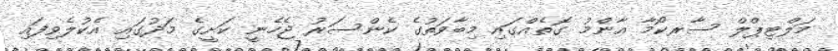
މަލްޓިޕްލް ސާރކޯމާ އާންމު ގޮތެއްގައި މިބާވަތުގެ ކެންސަރު ޖެހެނީ ކަށީގެ މަދުގައި އެކުލެވިފައި